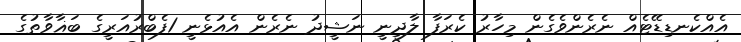
އެއްކެނޑިޑޭޓެއް ނެރެންވެގެން މިހާރު ކެރަފާ ލާދީނީ ނަޝީދު ނެރެން އެއުޅެނީ 1ފެބްރުއަރީގެ ބަޣާވާތުގެ